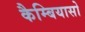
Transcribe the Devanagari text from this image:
कैम्बियासो